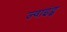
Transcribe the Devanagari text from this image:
ज्वाइंट्स